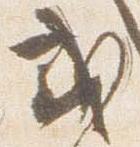
或